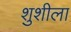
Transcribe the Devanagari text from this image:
शुशीला